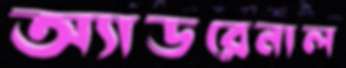
অ্যাডরেনাল